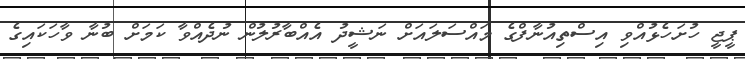
ޕީޖީ ހުށަހެޅުއްވި އިސްތިއުނާފްގެ މައްސަލައަށް ނަޝީދު އެއްބާރުލުން ނުދެއްވާ ކަމަށް ބުނާ ވާހަކައިގެ